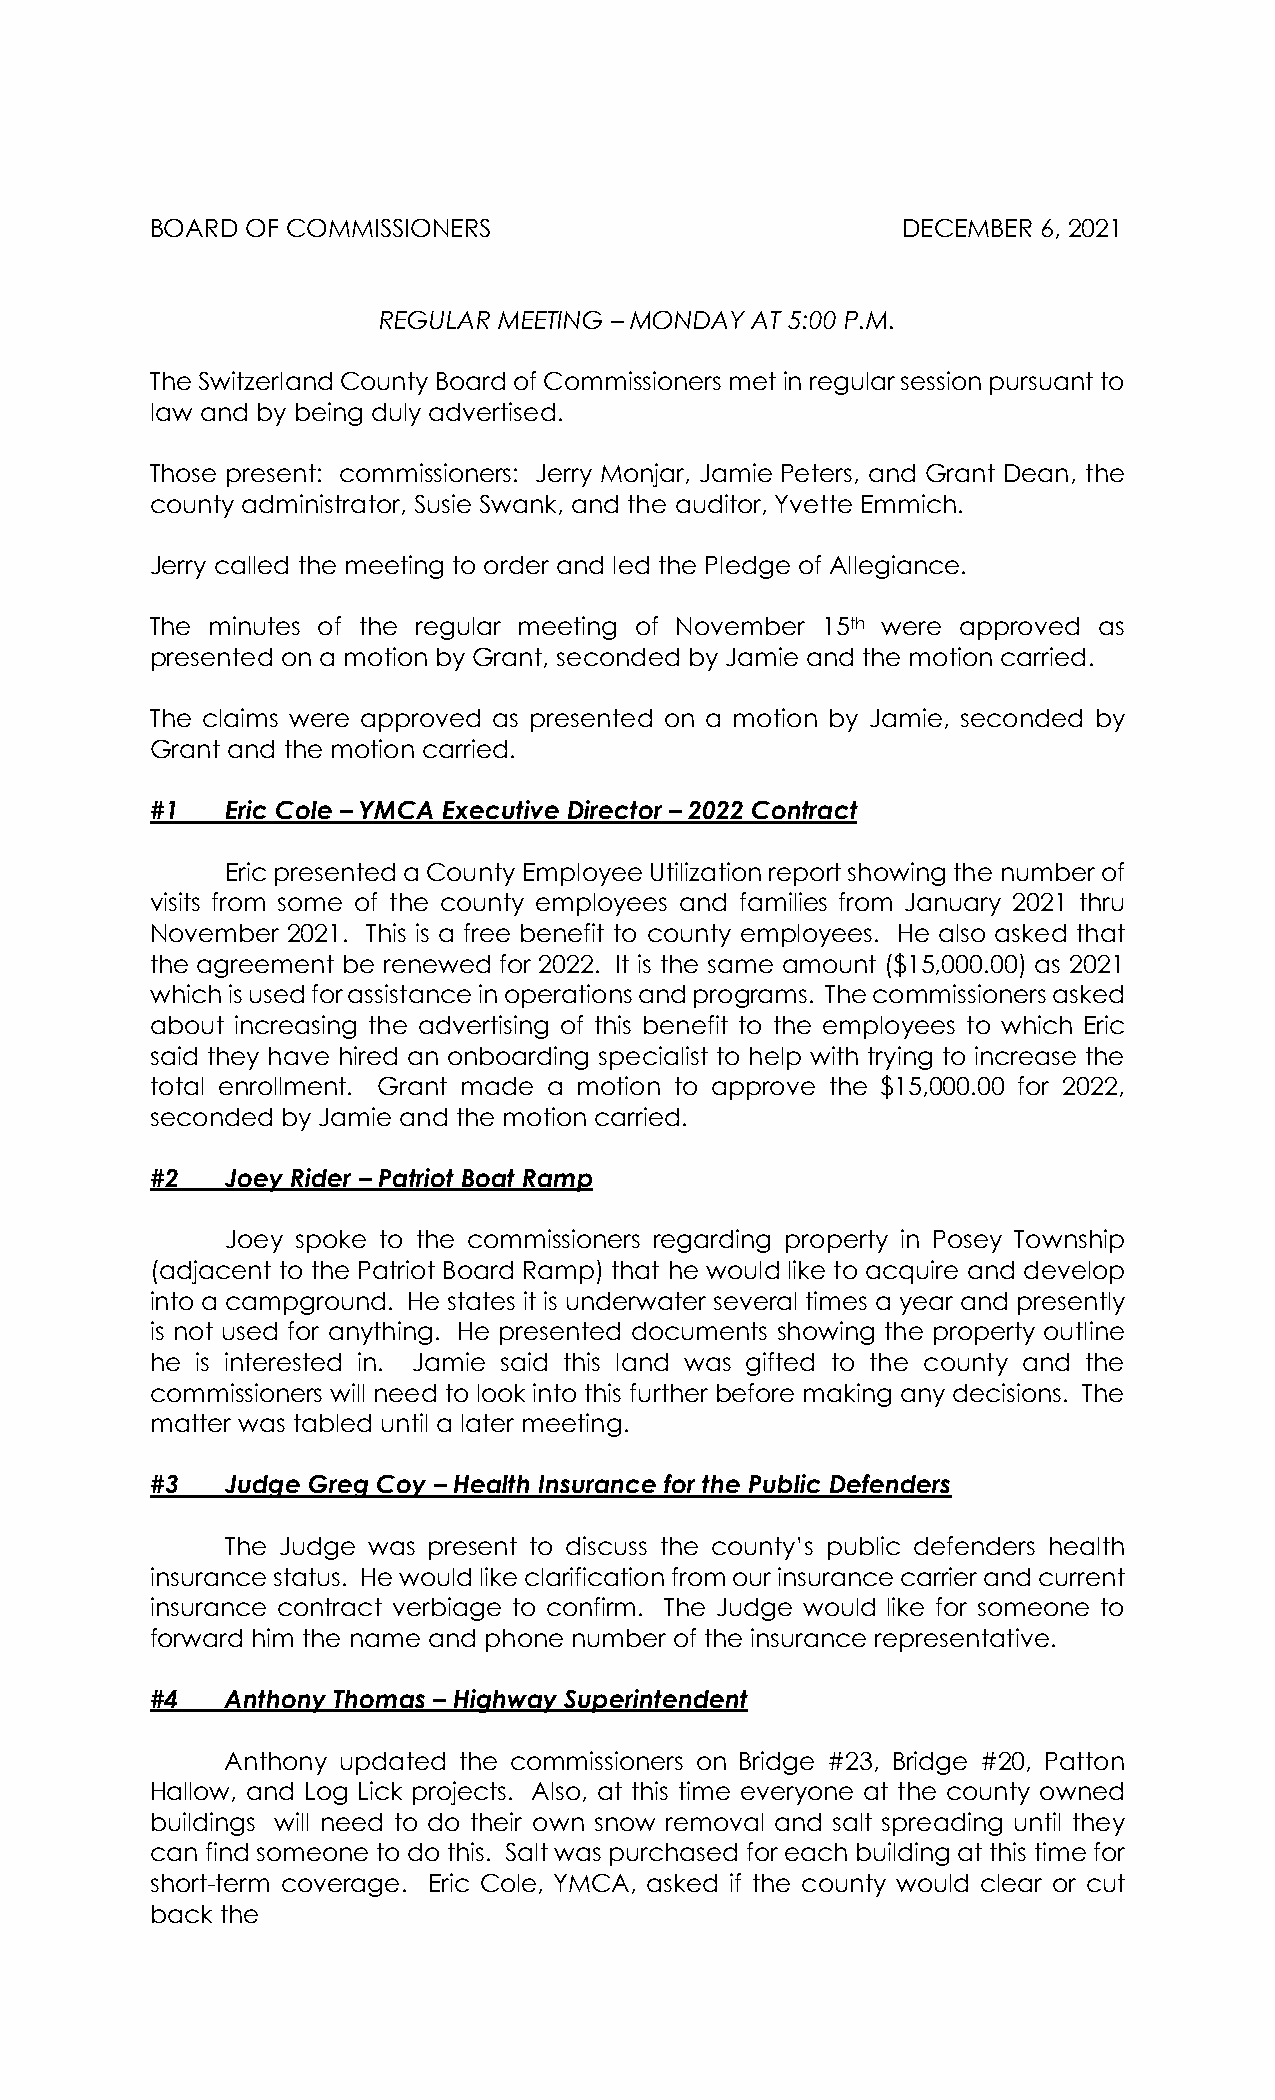
BOARD OF COMMISSIONERS                            DECEMBER 6, 2021
 REGULAR MEETING – MONDAY AT 5:00 P.M.
 The Switzerland County Board of Commissioners met in regular session pursuant to
 law and by being duly advertised.
 Those present: commissioners: Jerry Monjar, Jamie Peters, and Grant Dean, the
 county administrator, Susie Swank, and the auditor, Yvette Emmich.
 Jerry called the meeting to order and led the Pledge of Allegiance.
 The minutes of the regular meeting of November 15th were approved as
 presented on a motion by Grant, seconded by Jamie and the motion carried.
 The claims were approved as presented on a motion by Jamie, seconded by
 Grant and the motion carried.
 #1   Eric Cole – YMCA Executive Director – 2022 Contract
 Eric presented a County Employee Utilization report showing the number of
 visits from some of the county employees and families from January 2021 thru
 November 2021. This is a free benefit to county employees. He also asked that
 the agreement be renewed for 2022. It is the same amount ($15,000.00) as 2021
 which is used for assistance in operations and programs. The commissioners asked
 about increasing the advertising of this benefit to the employees to which Eric
 said they have hired an onboarding specialist to help with trying to increase the
 total enrollment. Grant made a motion to approve the $15,000.00 for 2022,
 seconded by Jamie and the motion carried.
 #2   Joey Rider – Patriot Boat Ramp
 Joey spoke to the commissioners regarding property in Posey Township
 (adjacent to the Patriot Board Ramp) that he would like to acquire and develop
 into a campground. He states it is underwater several times a year and presently
 is not used for anything. He presented documents showing the property outline
 he is interested in. Jamie said this land was gifted to the county and the
 commissioners will need to look into this further before making any decisions. The
 matter was tabled until a later meeting.
 #3   Judge Greg Coy – Health Insurance for the Public Defenders
 The Judge was present to discuss the county’s public defenders health
 insurance status. He would like clarification from our insurance carrier and current
 insurance contract verbiage to confirm. The Judge would like for someone to
 forward him the name and phone number of the insurance representative.
 #4   Anthony Thomas – Highway Superintendent
 Anthony updated the commissioners on Bridge #23, Bridge #20, Patton
 Hallow, and Log Lick projects. Also, at this time everyone at the county owned
 buildings will need to do their own snow removal and salt spreading until they
 can find someone to do this. Salt was purchased for each building at this time for
 short-term coverage. Eric Cole, YMCA, asked if the county would clear or cut
 back the